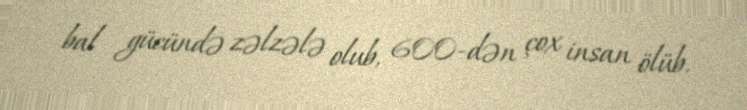
bal gücündə zəlzələ olub, 600-dən çox insan ölüb.